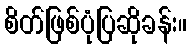
စိတ်ဖြစ်ပုံပြဆိုခန်း။